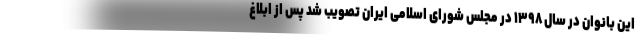
این بانوان در سال ۱۳۹۸ در مجلس شورای اسلامی ایران تصویب شد پس از ابلاغ